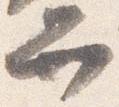
弁